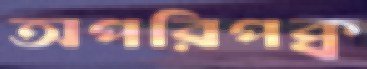
অপরিপক্ব